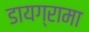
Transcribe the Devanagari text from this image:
डायग्रामा